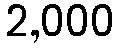
2,000